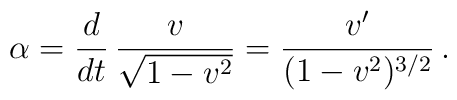
\alpha = \frac{d}{dt}\,\frac{v}{\sqrt{1-v^{2}}} = \frac{v'}{(1-v^{2})^{3/2}} \,.